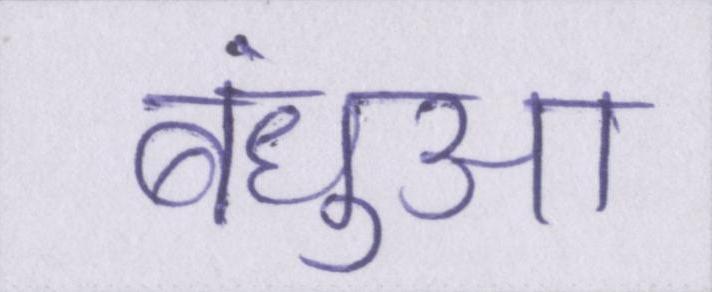
बंधुआ